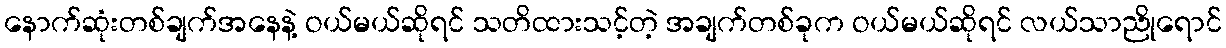
နောက်ဆုံးတစ်ချက်အနေနဲ့ ဝယ်မယ်ဆိုရင် သတိထားသင့်တဲ့ အချက်တစ်ခုက ဝယ်မယ်ဆိုရင် လယ်သာညိုရောင်